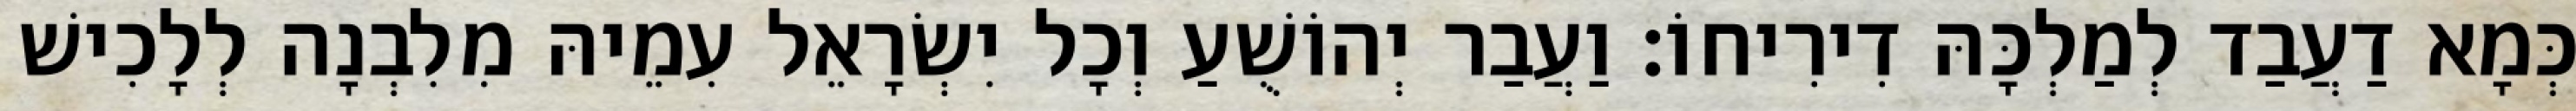
כְּמָא דַעֲבַד לְמַלְכָּהּ דִירִיחוֹ׃ וַעֲבַר יְהוֹשֻׁעַ וְכָל יִשְׂרָאֵל עִמֵיהּ מִלִבְנָה לְלָכִישׁ